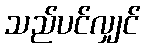
သည်ပင်လျှင်